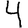
Digit: 4